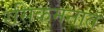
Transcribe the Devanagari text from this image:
रसिकमनात